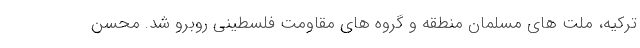
ترکیه، ملت های مسلمان منطقه و گروه های مقاومت فلسطینی روبرو شد. محسن